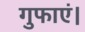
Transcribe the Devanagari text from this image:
गुफाएं।